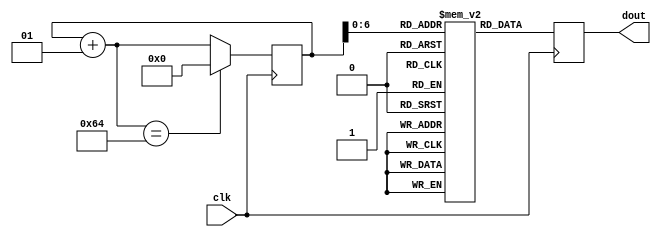
`timescale 1ns / 1ps
//////////////////////////////////////////////////////////////////////////////////
// Company: 
// Engineer: 
// 
// Design Name: Santosh Kumar E
// Module Name: SineWG
// Project Name: 
// Target Devices: 
// Tool Versions: 
// Description: 
// 
// Dependencies: 
// 
// Revision:
// Revision 0.01 - File Created
// Additional Comments:
// 
//////////////////////////////////////////////////////////////////////////////////


module SineWG(clk,dout);
//declare input and output
    input clk;
    output [7:0] dout;
//declare the sine ROM - 30 registers each 8 bit wide.  
    reg [7:0] sine [0:99];
//Internal signals  
    integer i;  
    reg [7:0] dout; 
//Initialize the sine rom with samples. 
    initial begin
        i = 0;
       sine[0] = 0;
                sine[1] = 5;
                sine[2] = 10;
                sine[3] = 15;
                sine[4] = 19;
                sine[5] = 24;
                sine[6] = 29;
                sine[7] = 33;
                sine[8] = 38;
                sine[9] = 42;
                sine[10] = 46;
                sine[11] = 50;
                sine[12] = 53;
                sine[13] = 57;
                sine[14] = 60;
                sine[15] = 63;
                sine[16] = 66;
                sine[17] = 68;
                sine[18] = 71;
                sine[19] = 73;
                sine[20] = 74;
                sine[21] = 76;
                sine[22] = 77;
                sine[23] = 78;
                sine[24] = 78;
                sine[25] = 78;
                sine[26] = 78;
                sine[27] = 78;
                sine[28] = 77;
                sine[29] = 76;
                sine[30] = 74;
                sine[31] = 73;
                sine[32] = 71;
                sine[33] = 68;
                sine[34] = 66;
                sine[35] = 63;
                sine[36] = 60;
                sine[37] = 57;
                sine[38] = 53;
                sine[39] = 50;
                sine[40] = 46;
                sine[41] = 42;
                sine[42] = 38;
                sine[43] = 33;
                sine[44] = 29;
                sine[45] = 24;
                sine[46] = 19;
                sine[47] = 15;
                sine[48] = 10;
                sine[49] = 5;
                sine[50] = 0;
                sine[51] = -5;
                sine[52] = -10;
                sine[53] = -15;
                sine[54] = -19;
                sine[55] = -24;
                sine[56] = -29;
                sine[57] = -33;
                sine[58] = -38;
                sine[59] = -42;
                sine[60] = -46;
                sine[61] = -50;
                sine[62] = -53;
                sine[63] = -57;
                sine[64] = -60;
                sine[65] = -63;
                sine[66] = -66;
                sine[67] = -68;
                sine[68] = -71;
                sine[69] = -73;
                sine[70] = -74;
                sine[71] = -76;
                sine[72] = -77;
                sine[73] = -78;
                sine[74] = -78;
                sine[75] = -78;
                sine[76] = -78;
                sine[77] = -78;
                sine[78] = -77;
                sine[79] = -76;
                sine[80] = -74;
                sine[81] = -73;
                sine[82] = -71;
                sine[83] = -68;
                sine[84] = -66;
                sine[85] = -63;
                sine[86] = -60;
                sine[87] = -57;
                sine[88] = -53;
                sine[89] = -50;
                sine[90] = -46;
                sine[91] = -42;
                sine[92] = -38;
                sine[93] = -33;
                sine[94] = -29;
                sine[95] = -24;
                sine[96] = -19;
                sine[97] = -15;
                sine[98] = -10;
                sine[99] = -5;
    end
    
    //At every positive edge of the clock, output a sine wave sample.
    always@ (posedge(clk))
    begin
        dout = sine[i];
        i = i+ 1;
        if(i == 100)
            i = 0;
    end

endmodule